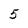
Character: 5